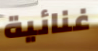
غنائية